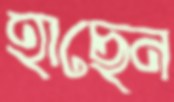
হাছেন